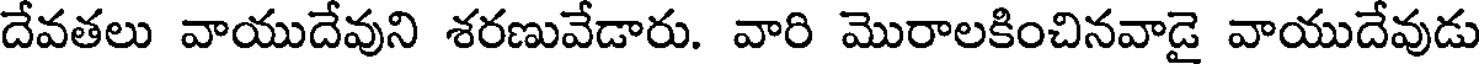
దేవతలు వాయుదేవుని శరణువేడారు. వారి మొరాలకించినవాడై వాయుదేవుడు